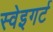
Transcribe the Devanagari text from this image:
स्वेइगर्ट